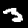
Label: 3